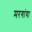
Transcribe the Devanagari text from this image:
मरगांया